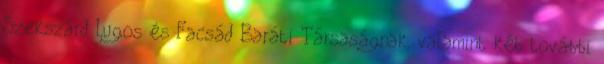
Szekszárd Lugos és Facsád Baráti Társaságnak, valamint két további